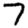
Digit: 7